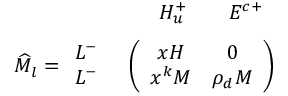
\begin{array} { r l } { { \vphantom { \bigg ( } } } & { { \begin{array} { c c c } { { \quad H _ { u } ^ { + } } } & { { \quad E ^ { c + } } } & { { } } \end{array} } } \\ { { \widehat { M } _ { l } = \begin{array} { l } { { L ^ { - } } } \\ { { L ^ { - } } } \end{array} } } & { { \left( \begin{array} { c c } { { x H } } & { { 0 } } \\ { { x ^ { k } M } } & { { \rho _ { d } M } } \end{array} \right) } } \end{array}